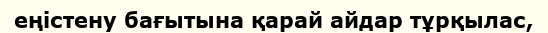
еңістену бағытына қарай айдар тұрқылас,